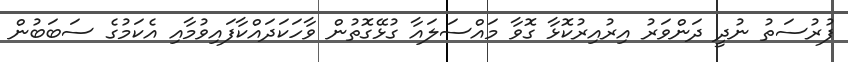
ފުރުސަތު ނުދީ ދަންވަރު އިރުއިރުކޮޅާ ގޮވާ މައްސަލައާ ގުޅޭގޮތުން ވާހަކަދައްކާފައިވުމާއި އެކަމުގެ ސަބަބުން